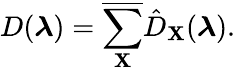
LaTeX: D(\boldsymbol{\lambda})=\overline{{\sum_{\mathbf{X}}}}\hat{D}_{\mathbf{X}}(\boldsymbol{\lambda}).